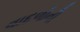
વાદળોની